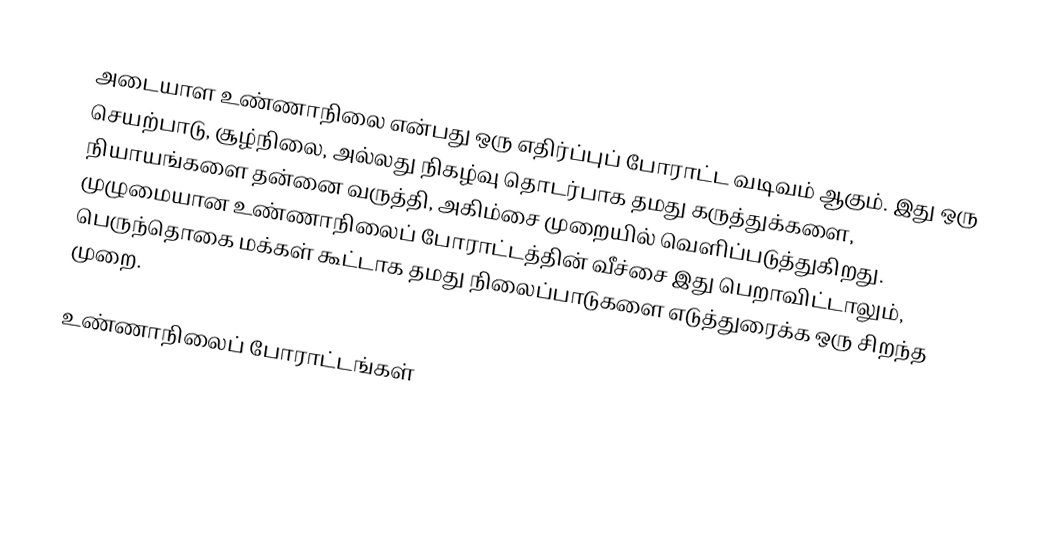
அடையாள உண்ணாநிலை என்பது ஒரு எதிர்ப்புப் போராட்ட வடிவம் ஆகும். இது ஒரு செயற்பாடு, சூழ்நிலை, அல்லது நிகழ்வு தொடர்பாக தமது கருத்துக்களை, நியாயங்களை தன்னை வருத்தி, அகிம்சை முறையில் வெளிப்படுத்துகிறது. முழுமையான உண்ணாநிலைப் போராட்டத்தின் வீச்சை இது பெறாவிட்டாலும், பெருந்தொகை மக்கள் கூட்டாக தமது நிலைப்பாடுகளை எடுத்துரைக்க ஒரு சிறந்த முறை.

உண்ணாநிலைப் போராட்டங்கள்